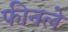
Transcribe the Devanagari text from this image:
फीनले